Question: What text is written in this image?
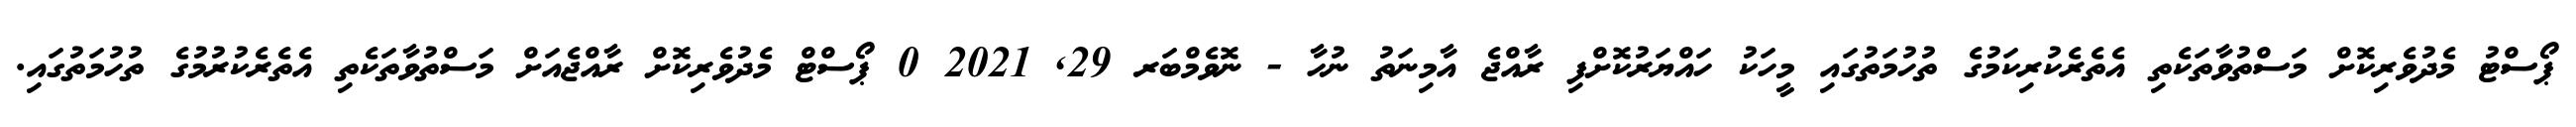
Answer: ޕޯސްޓު މެދުވެރިކޮށް މަސްތުވާތަކެތި އެތެރެކުރިކަމުގެ ތުހުމަތުގައި މީހަކު ހައްޔަރުކޮށްފި ރާއްޖެ އާމިނަތު ނުހާ - ނޮވެމްބަރ 29, 2021 0 ޕޯސްޓް މެދުވެރިކޮށް ރާއްޖެއަށް މަސްތުވާތަކެތި އެތެރެކުރުމުގެ ތުހުމަތުގައި.